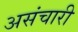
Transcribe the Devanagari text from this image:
असंचारी